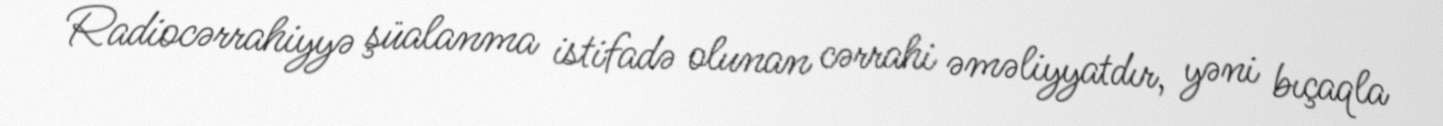
Radiocərrahiyyə şüalanma istifadə olunan cərrahi əməliyyatdır, yəni bıçaqla